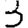
Digit: 3